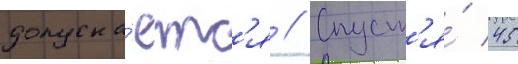
допуска́етс'я // Спуст'я́ 45